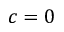
c = 0